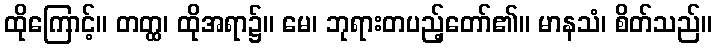
ထိုကြောင့်။ တတ္ထ၊ ထိုအရာ၌။ မေ၊ ဘုရားတပည့်တော်၏။ မာနသံ၊ စိတ်သည်။